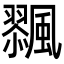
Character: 𩘸